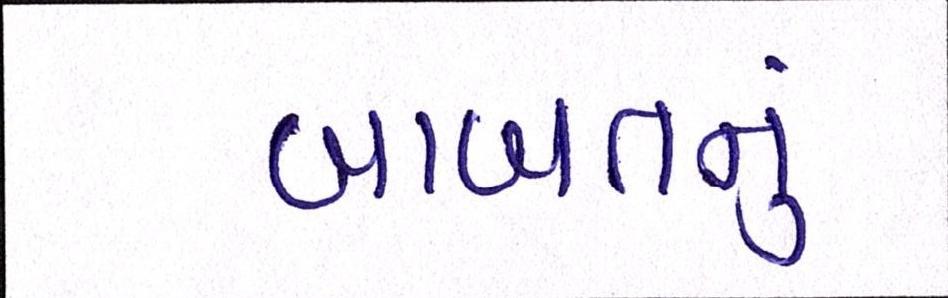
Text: બાબતનું